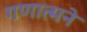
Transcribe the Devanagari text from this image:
गणात्मने